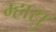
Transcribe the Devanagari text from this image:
म्हासु